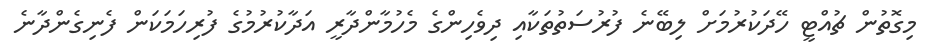
މިގޮތުން ޗުއްޓީ ހޭދަކުރުމަށް ލިބޭނެ ފުރުސަތުތަކާއި ދިވެހިންގެ މެހުމާންދާރީ އަދާކުރުމުގެ ފުރިހަމަކަން ފެނިގެންދާނެ